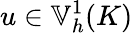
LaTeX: u\in\mathbb{V}_{h}^{1}(K)